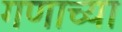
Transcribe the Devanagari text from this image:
गणाच्या